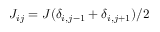
J _ { i j } = J ( \delta _ { i , j - 1 } + \delta _ { i , j + 1 } ) / 2